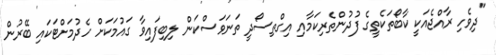
"ދިވެހި ރާއްޖެއަކީ ކާބޯތަކެތީގެ ފުދުންތެރިކަމާއި އިގްތިސޯދީ ތަނަވަސްކަން ލިބިފައިވާ ގައުމަކަށް ހެދުމަށްޓަކައި ބޭރުން